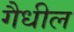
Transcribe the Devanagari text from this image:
गैधील